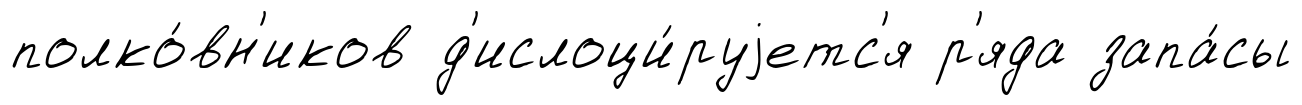
полко́вн'иков д'ислоци́руjетс'я р'яда запа́сы